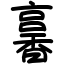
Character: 㐯